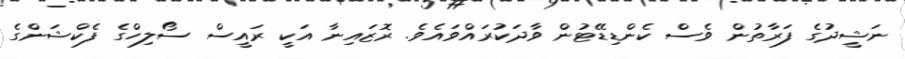
ނަޝީދުގެ ފަރާތުން ވެސް ކެންޑިޑޭޓުން ވާދަކުރައްވައެވެ. ރޮޒައިނާ އަކީ ރައީސް ސޯލިހްގެ ފެކްޝަންގެ